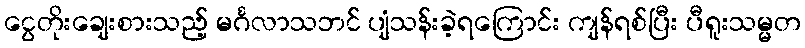
ငွေတိုးချေးစားသည့် မင်္ဂလာသဘင် ပျံသန်းခဲ့ရကြောင်း ကျန်ရစ်ပြီး ပီရူးသမ္မတ